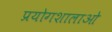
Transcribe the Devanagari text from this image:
प्रयोगशालाओ